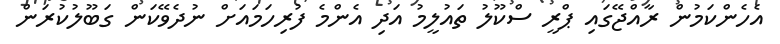
އެހެންކަމުން ރާއްޖޭގައި ޕްރީ ސްކޫލު ތައުލީމު އަދި އެންމެ ފުރިހަމައަށް ނުދެވޭކަން ގަބޫލުކުރަން